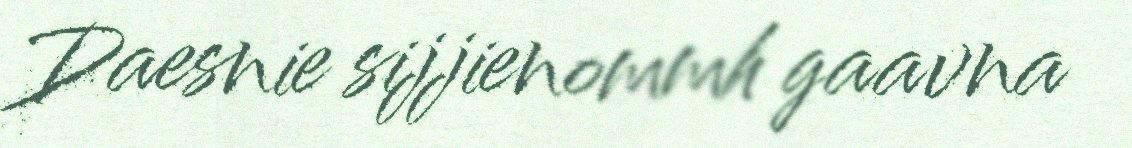
Daesnie sijjienommh gaavna